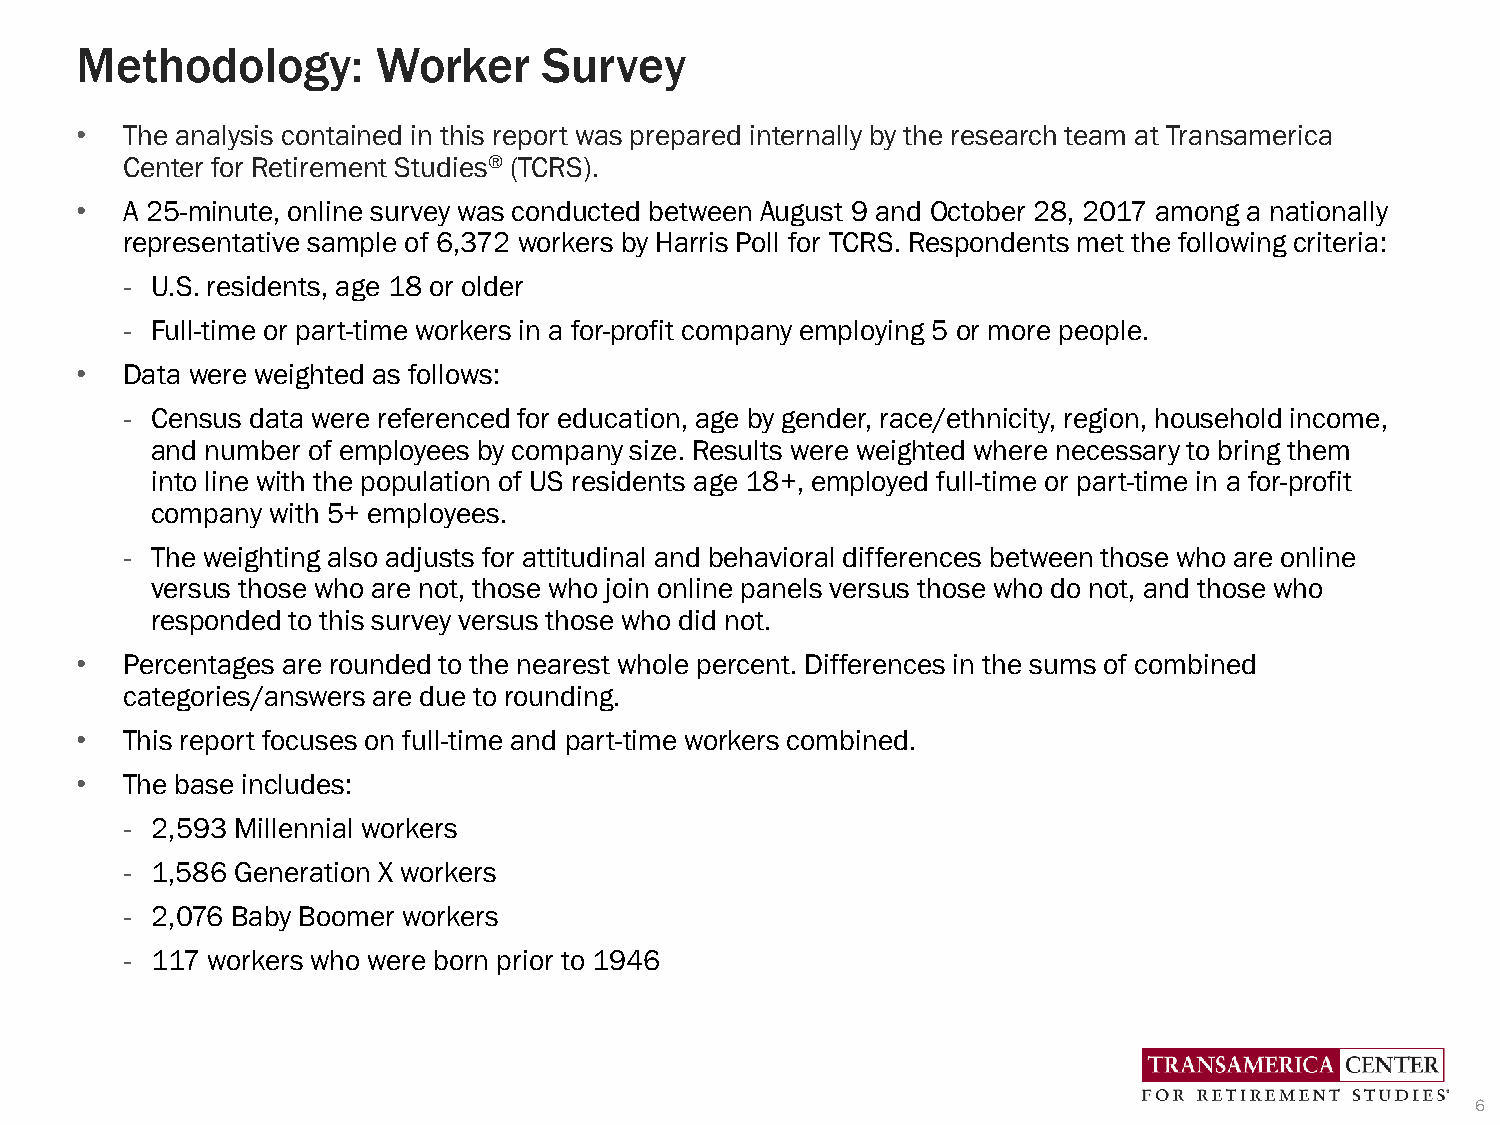
Methodology:        Worker     Survey
 •  The analysis contained in this report was prepared internally by the research team at Transamerica
 Center for Retirement Studies® (TCRS).
 •  A 25-minute, online survey was conducted between August 9 and October 28, 2017 among a nationally
 representative sample of 6,372 workers by Harris Poll for TCRS. Respondents met the following criteria:
 - U.S. residents, age 18 or older
 - Full-time or part-time workers in a for-profit company employing 5 or more people.
 •  Data were weighted as follows:
 - Census data were referenced for education, age by gender, race/ethnicity, region, household income,
 and number of employees by company size. Results were weighted where necessary to bring them
 into line with the population of US residents age 18+, employed full-time or part-time in a for-profit
 company with 5+ employees.
 - The weighting also adjusts for attitudinal and behavioral differences between those who are online
 versus those who are not, those who join online panels versus those who do not, and those who
 responded to this survey versus those who did not.
 •  Percentages are rounded to the nearest whole percent. Differences in the sums of combined
 categories/answers are due to rounding.
 •  This report focuses on full-time and part-time workers combined.
 •  The base includes:
 - 2,593 Millennial workers
 - 1,586 Generation X workers
 - 2,076 Baby Boomer workers
 - 117 workers who were born prior to 1946
 6